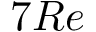
7 R e